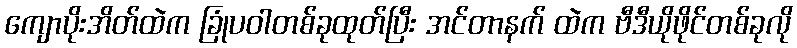
ကျောပိုးအိတ်ထဲက ခြုံပဝါတစ်ခုထုတ်ပြီး အင်တာနက် ထဲက ဗီဒီယိုဖိုင်တစ်ခုလို